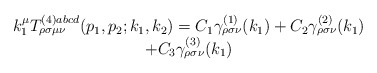
\begin{align*}\begin{array}{c}k_1^\mu T_{\rho \sigma \mu \nu }^{(4)abcd}(p_1,p_2;k_1,k_2)=C_1\gamma _{\rho\sigma \nu }^{(1)}(k_1)+C_2\gamma _{\rho \sigma \nu }^{(2)}(k_1) \\ +C_3\gamma _{\rho \sigma \nu }^{(3)}(k_1)\end{array}\end{align*}